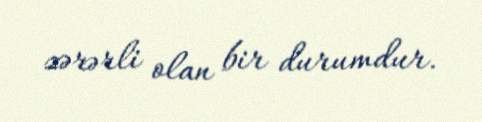
zərərli olan bir durumdur.